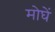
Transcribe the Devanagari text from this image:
मोघें